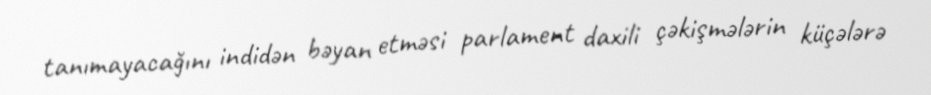
tanımayacağını indidən bəyan etməsi parlament daxili çəkişmələrin küçələrə